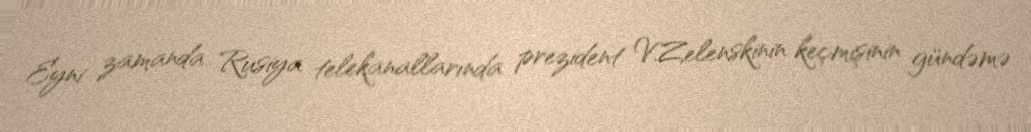
Eyni zamanda Rusiya telekanallarında prezident V.Zelenskinin keçmişinin gündəmə